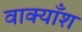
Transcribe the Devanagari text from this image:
वाक्याँश